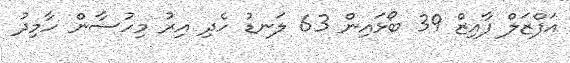
އަފްޒަލް ފާއިޒް 39 ބޯޅައިން 63 ލަނޑު ހެދި އިރު މިހުސާން ހާމިދު